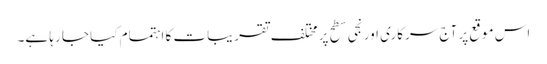
اس موقع پر آج سرکاری اور نجی سطح پر مختلف تقریبات کا اہتمام کیا جا رہا ہے۔